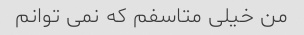
من خیلی متاسفم که نمی توانم